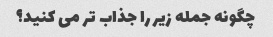
چگونه جمله زیر را جذاب تر می کنید؟